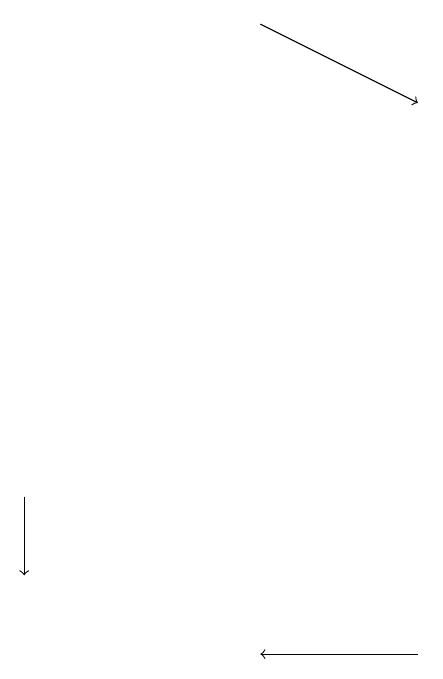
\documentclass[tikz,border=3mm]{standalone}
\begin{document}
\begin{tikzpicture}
\draw[->] (4,18) -- (6,17);
\draw[->] (6,10) -- (4,10);
\draw[->] (1,12) -- (1,11);
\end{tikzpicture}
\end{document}